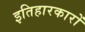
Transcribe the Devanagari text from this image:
इतिहारकारों